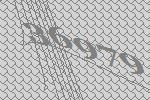
36979